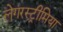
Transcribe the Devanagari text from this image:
लेगरस्ट्रीमिया